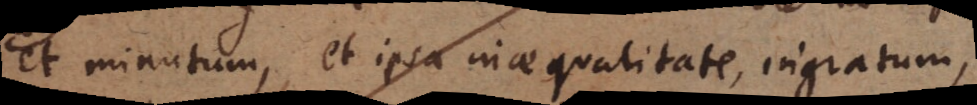
et minutum, et ipsa inaequalitate, ingratum,